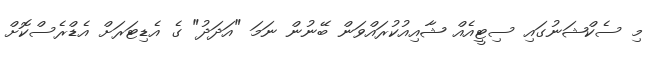
މި ސެކްޝަނުގައި ސިޓީއެއް ޝާއިއުކުރައްވަން ބޭނުން ނަމަ "އަދަދު" ގެ އެޑިޓަރަށް އެޑްރެސްކޮށް